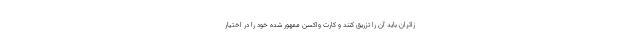
زائران باید آن را تزریق کنند و کارت واکسن ممهور شده خود را در اختیار